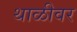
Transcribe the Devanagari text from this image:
थाळीवर